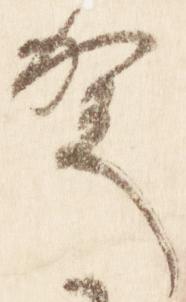
賀